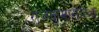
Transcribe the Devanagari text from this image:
राजकुमारांपेक्षा